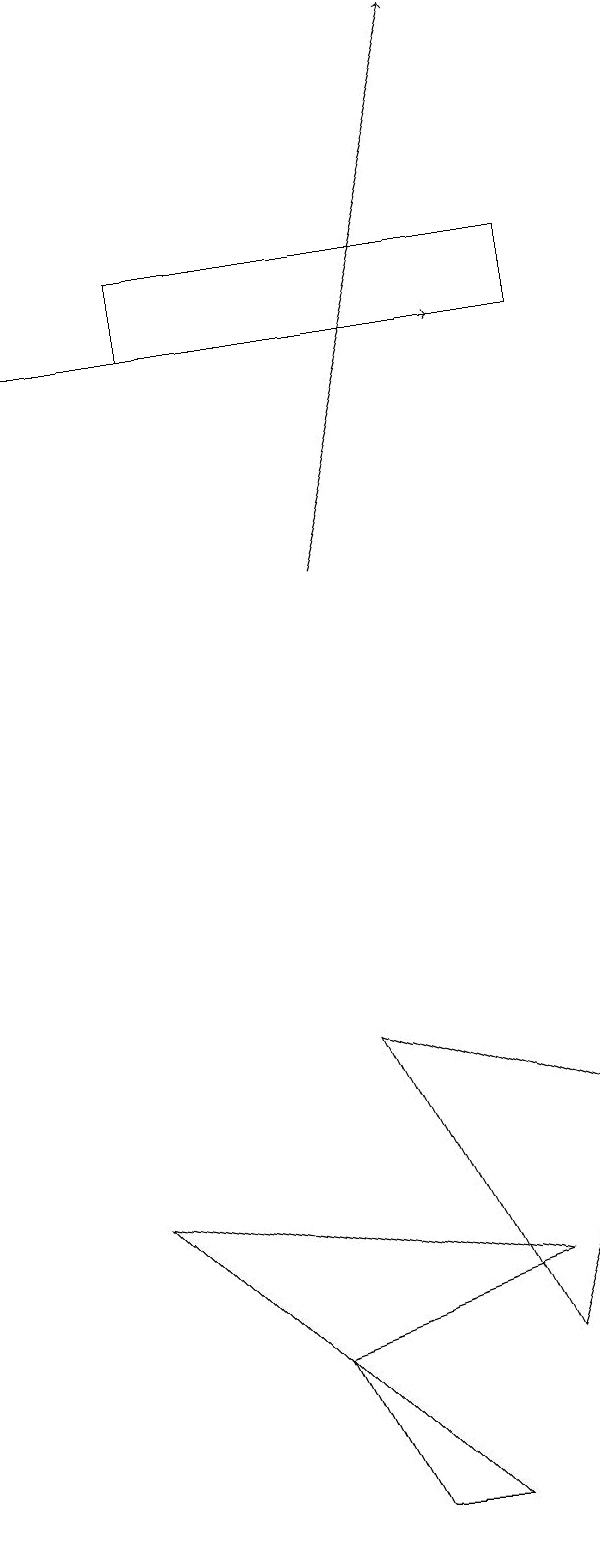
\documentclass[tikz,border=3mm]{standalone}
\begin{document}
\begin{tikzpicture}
\draw (9,15) rectangle (4,16);
\draw (3,4) -- (8,3) -- (5,2) -- cycle;
\draw (9,5) -- (6,6) -- (8,2) -- cycle;
\draw (7,0) -- (6,0) -- (5,2) -- cycle;
\draw[->] (6,12) -- (8,19);
\draw[->] (2,15) -- (8,15);
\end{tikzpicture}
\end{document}